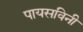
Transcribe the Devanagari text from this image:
पायसविनी